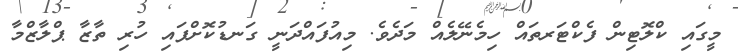
މީގައި ކްލޮޓިން ފެކްޓަރތައް ހިމެނޭލެއް މަދެވެ. މިއުފައްދަނީ ގަނޑުކޮށްފައި ހުރި ތާޒާ ޕްލާޒްމާ